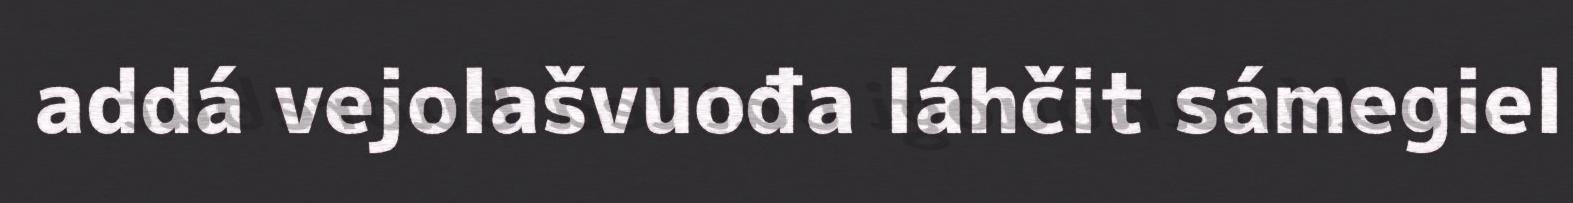
addá vejolašvuođa láhčit sámegiel